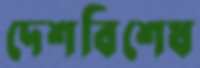
দেশবিশেষ